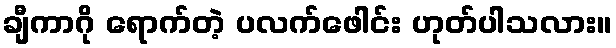
ချီကာဂို ရောက်တဲ့ ပလက်ဖေါင်း ဟုတ်ပါသလား။